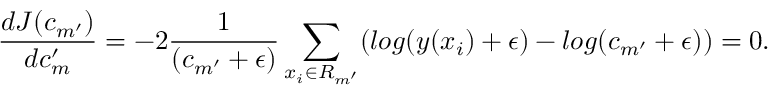
\frac { d J ( c _ { m ^ { \prime } } ) } { d c _ { m } ^ { \prime } } = - 2 \frac { 1 } { ( c _ { m ^ { \prime } } + \epsilon ) } \sum _ { x _ { i } \in R _ { m ^ { \prime } } } ( l o g ( y ( x _ { i } ) + \epsilon ) - l o g ( c _ { m ^ { \prime } } + \epsilon ) ) = 0 .